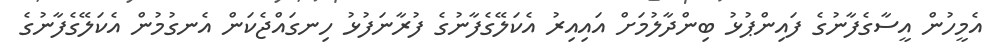
އެމީހުން އީސާގެފާނުގެ ފައިންޕުޅު ބިންދާލުމަށް އައިއިރު އެކަލޭގެފާނުގެ ފުރާނަފުޅު ހިނގައްޖެކަން އެނގުމުން އެކަލޭގެފާނުގެ